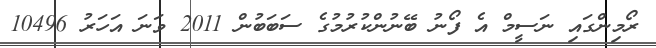
ރޯމިންގައި ނަސީމް އެ ފޯނު ބޭނުންކުރުމުގެ ސަބަބުން 2011 ވަނަ އަހަރު 10496